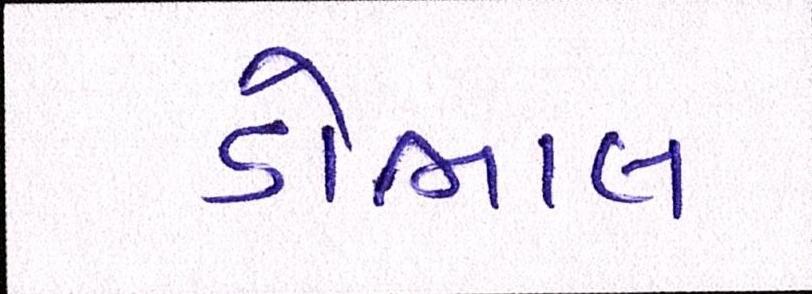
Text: ડોભાલ